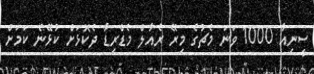
ސީނިއާ 1000 ވަނަ މެޗުގެ މިރޭ ރެއާލް މެޑްރިޑާ ދެކޮޅަށް ކުޅޭނެ ކަމަށް